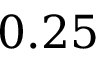
0 . 2 5